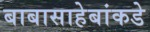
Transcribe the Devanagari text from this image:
बाबासाहेबांकडे